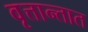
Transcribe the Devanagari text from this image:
वृत्तान्तात